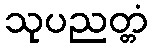
သုပညတ္တံ